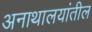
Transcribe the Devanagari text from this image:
अनाथालयांतील